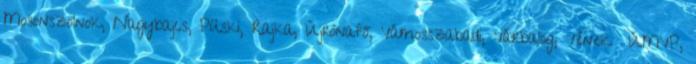
Mosonszolnok, Nagybajcs, Püski, Rajka, Újrónafő, Vámosszabadi, Várbalog, Vének ▪ÚMVP,